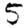
Digit: 5